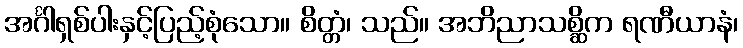
အင်္ဂါရှစ်ပါးနှင့်ပြည့်စုံသော။ စိတ္တံ၊ သည်။ အဘိညာသစ္ဆိက ရဏီယာနံ၊